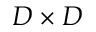
D \times D